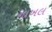
નાખલ